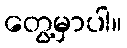
တွေ့မှာပါ။